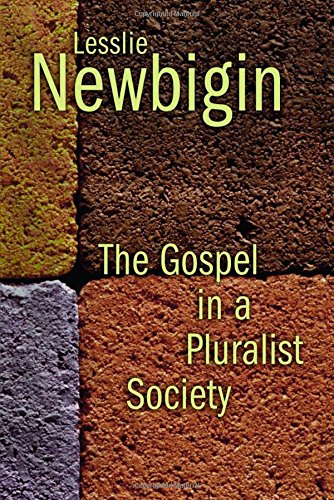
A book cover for The Gospel in a Pluralist Society; Lesslie Newbigin; Religion & Spirituality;